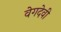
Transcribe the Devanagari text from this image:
वेगदेवी